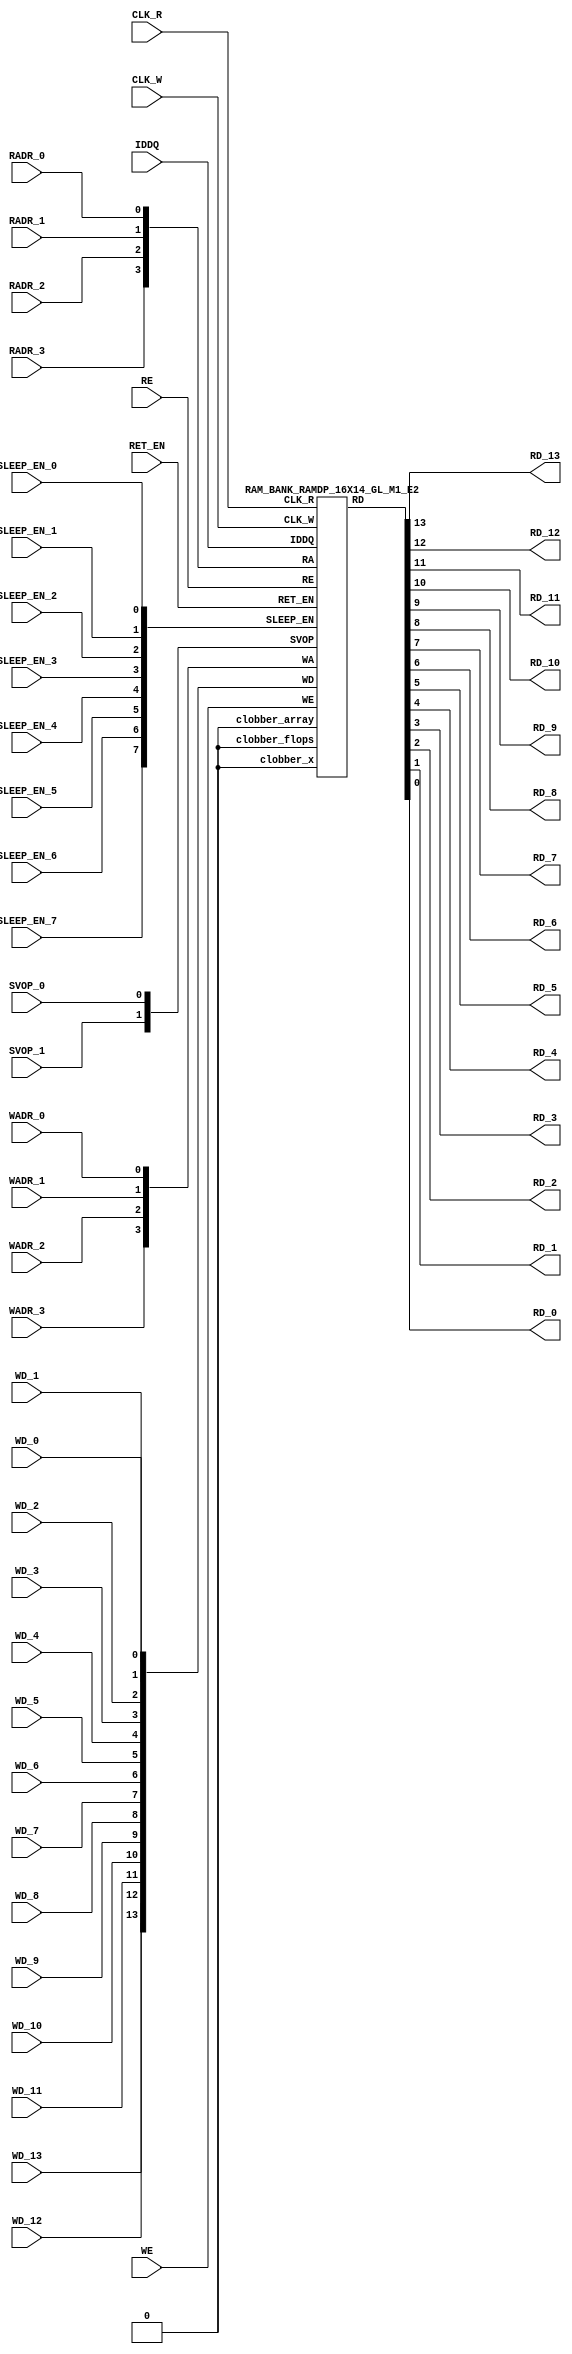
// This program was cloned from: https://github.com/TILOS-AI-Institute/MacroPlacement
// License: BSD 3-Clause "New" or "Revised" License

//RAM : RAMDP_16X14_GL_M1_E2
//Technology : TSMC16FFLR
//Compiler version: FINAL.1 - 2017-05-23.14:46:11
`timescale 10ps/1ps
`celldefine
module RAMDP_16X14_GL_M1_E2 (CLK_R, CLK_W, RE, WE
 , RADR_3, RADR_2, RADR_1, RADR_0
    , WADR_3, WADR_2, WADR_1, WADR_0
 , WD_13, WD_12, WD_11, WD_10, WD_9, WD_8, WD_7, WD_6, WD_5, WD_4, WD_3, WD_2, WD_1, WD_0
 , RD_13, RD_12, RD_11, RD_10, RD_9, RD_8, RD_7, RD_6, RD_5, RD_4, RD_3, RD_2, RD_1, RD_0
    , IDDQ
 , SVOP_1, SVOP_0
    , SLEEP_EN_7, SLEEP_EN_6, SLEEP_EN_5, SLEEP_EN_4, SLEEP_EN_3, SLEEP_EN_2, SLEEP_EN_1, SLEEP_EN_0, RET_EN
);
// nvProps NoBus SLEEP_EN_
`ifndef RAM_INTERFACE
`ifndef EMULATION
`ifndef SYNTHESIS
// Physical ram size defined as localparam
localparam phy_rows = 16;
localparam phy_cols = 14;
localparam phy_rcols_pos = 14'b0;
`endif //ndef SYNTHESIS
`endif //EMULATION
`endif //ndef RAM_INTERFACE
input CLK_R, CLK_W, RE, WE
 , RADR_3, RADR_2, RADR_1, RADR_0
    , WADR_3, WADR_2, WADR_1, WADR_0
 , WD_13, WD_12, WD_11, WD_10, WD_9, WD_8, WD_7, WD_6, WD_5, WD_4, WD_3, WD_2, WD_1, WD_0
    , SLEEP_EN_7, SLEEP_EN_6, SLEEP_EN_5, SLEEP_EN_4, SLEEP_EN_3, SLEEP_EN_2, SLEEP_EN_1, SLEEP_EN_0, RET_EN
    , IDDQ
 , SVOP_1, SVOP_0;
output RD_13, RD_12, RD_11, RD_10, RD_9, RD_8, RD_7, RD_6, RD_5, RD_4, RD_3, RD_2, RD_1, RD_0;
`ifndef RAM_INTERFACE
//assemble & rename wires
 wire [3:0] RA = {RADR_3, RADR_2, RADR_1, RADR_0};
 wire [3:0] WA = {WADR_3, WADR_2, WADR_1, WADR_0};
 wire [13:0] WD = {WD_13, WD_12, WD_11, WD_10, WD_9, WD_8, WD_7, WD_6, WD_5, WD_4, WD_3, WD_2, WD_1, WD_0};
 wire [13:0] RD;
 assign {RD_13, RD_12, RD_11, RD_10, RD_9, RD_8, RD_7, RD_6, RD_5, RD_4, RD_3, RD_2, RD_1, RD_0} = RD;
 wire [1:0] SVOP = {SVOP_1, SVOP_0};
    wire [7:0] SLEEP_EN = {SLEEP_EN_7, SLEEP_EN_6, SLEEP_EN_5, SLEEP_EN_4, SLEEP_EN_3, SLEEP_EN_2, SLEEP_EN_1, SLEEP_EN_0};
`ifndef EMULATION
`ifndef SYNTHESIS
//State point clobering signals:
    wire check_x = (SVOP_0 ^ SVOP_1);
    wire clobber_x;
    assign clobber_x = ((check_x === 1'bx) || (check_x === 1'bz)) ? 1'b1 : 1'b0;
    wire clobber_array = ((|SLEEP_EN) & ~RET_EN) | clobber_x;
    wire clobber_flops = (|SLEEP_EN) | clobber_x;
    integer i;
    always @(clobber_array) begin
      if (clobber_array) begin
      for (i=0; i<16; i=i+1) begin
          ITOP.io.array[i] <= 14'bx;
      end
      end
    end
//VCS coverage off
    always @(clobber_flops) begin
        if (clobber_flops) begin
        ITOP.we_lat <= 1'bx;
        ITOP.wa_lat <= 4'bx;
        ITOP.wd_lat <= 14'bx;
        ITOP.re_lat <= 1'bx;
        ITOP.ra_lat <= 4'bx;
        ITOP.io.r0_dout_tmp <= 14'b0;
        end
    end
//VCS coverage on
//VCS coverage off
`ifdef NV_RAM_ASSERT
//first reset signal for nv_assert_module:
    reg sim_reset;
    initial begin: init_sim_reset
        sim_reset = 0;
        #6 sim_reset = 1;
    end
    reg rst_clk;
    initial begin: init_rst_clk
        rst_clk = 0;
        #2 rst_clk = 1;
        #4 rst_clk = 0;
    end
//internal weclk|reclk gating signal:
    wire weclk_gating = ITOP.we_lat & ~IDDQ;
    wire reclk_gating = ITOP.re_lat & ~IDDQ;
//Assertion checks for power sequence of G-option RAMDP:
//weclk_gating after 2 clk
    reg weclk_gating_1p, weclk_gating_2p;
    always @(posedge CLK_W) begin
        weclk_gating_1p <= weclk_gating;
        weclk_gating_2p <= weclk_gating_1p;
    end
//reclk_gating after 2 clk
    reg reclk_gating_1p, reclk_gating_2p;
    always @(posedge CLK_R) begin
        reclk_gating_1p <= reclk_gating;
        reclk_gating_2p <= reclk_gating_1p;
    end
//RET_EN off after 2 CLK_W
    reg ret_en_w_1p, ret_en_w_2p;
    always @(posedge CLK_W or posedge RET_EN) begin
        if(RET_EN)
            begin
                ret_en_w_1p <= 1'b1;
                ret_en_w_2p <= 1'b1;
            end
        else
            begin
                ret_en_w_1p <= RET_EN;
                ret_en_w_2p <= ret_en_w_1p;
            end
    end
//RET_EN off after 2 CLK_R
    reg ret_en_r_1p, ret_en_r_2p;
    always @(posedge CLK_R or posedge RET_EN) begin
        if(RET_EN)
            begin
                ret_en_r_1p <= 1'b1;
                ret_en_r_2p <= 1'b1;
            end
        else
            begin
                ret_en_r_1p <= RET_EN;
                ret_en_r_2p <= ret_en_r_1p;
            end
    end
    wire sleep_en_or = (|SLEEP_EN) ;
//SLEEP_EN off after 2 CLK_W
    reg sleep_en_off_w_1p, sleep_en_off_w_2p;
    always @(posedge CLK_W or posedge sleep_en_or) begin
        if(sleep_en_or)
            begin
                sleep_en_off_w_1p <= 1'b1;
                sleep_en_off_w_2p <= 1'b1;
            end
        else
            begin
                sleep_en_off_w_1p <= sleep_en_or;
                sleep_en_off_w_2p <= sleep_en_off_w_1p;
            end
    end
//SLEEP_EN off after 2 CLK_R
    reg sleep_en_off_r_1p, sleep_en_off_r_2p;
    always @(posedge CLK_R or posedge sleep_en_or) begin
        if(sleep_en_or)
            begin
                sleep_en_off_r_1p <= 1'b1;
                sleep_en_off_r_2p <= 1'b1;
            end
        else
            begin
                sleep_en_off_r_1p <= |sleep_en_or;
                sleep_en_off_r_2p <= sleep_en_off_r_1p;
            end
    end
//#1 From function mode to retention mode:
//Power-S1.1:illegal assert RET_EN after asserting SLEEP_EN
    wire disable_power_assertion_S1P1 = $test$plusargs("disable_power_assertions_globally") | $test$plusargs("disable_power_assertion_assert_RET_EN_after_SLEEP_EN_on_when_function2retention");
    nv_assert_never #(0,0, "Power-S1.1:illegal assert RET_EN after asserting SLEEP_EN") inst_S1P1 (RET_EN ^ rst_clk, ~disable_power_assertion_S1P1 & sim_reset, (|SLEEP_EN));
//Power-S1.2:illegal assert RET_EN without 2 nop-CLK
    wire disable_power_assertion_S1P2 = $test$plusargs("disable_power_assertions_globally") | $test$plusargs("disable_power_assertion_assert_RET_EN_without_2_nop_CLK");
    nv_assert_never #(0,0, "Power-S1.2:illegal assert RET_EN without 2 nop-CLK") inst_S1P2 (RET_EN ^ rst_clk, ~disable_power_assertion_S1P2 & sim_reset, weclk_gating | weclk_gating_1p | weclk_gating_2p | reclk_gating | reclk_gating_1p | reclk_gating_2p);
//#2 From retention mode to function mode:
//Power-S2.1:illegal write without 2 nop-CLK after de-asserting RET_EN
    wire disable_power_assertion_S2P1 = $test$plusargs("disable_power_assertions_globally") | $test$plusargs("disable_power_assertion_write_without_2_nop_CLK_after_retention2function");
    nv_assert_never #(0,0, "Power-S2.1:illegal write without 2 nop-CLK after de-asserting RET_EN") inst_S2P1 (CLK_W ^ rst_clk, ~disable_power_assertion_S2P1 & sim_reset, ~RET_EN & ret_en_w_2p & weclk_gating);
//Power-S2.2:illegal read without 2 nop-CLK after de-asserting RET_EN
    wire disable_power_assertion_S2P2 = $test$plusargs("disable_power_assertions_globally") | $test$plusargs("disable_power_assertion_read_without_2_nop_CLK_after_retention2function");
    nv_assert_never #(0,0, "Power-S2.2:illegal read without 2 nop-CLK after de-asserting RET_EN") inst_S2P2 (CLK_R ^ rst_clk, ~disable_power_assertion_S2P2 & sim_reset, ~RET_EN & ret_en_r_2p & reclk_gating);
//#3 From function mode to sleep mode:
//Power-S3.2:illegal assert SLEEP_EN without 2 nop-CLK
    wire disable_power_assertion_S3P2 = $test$plusargs("disable_power_assertions_globally") | $test$plusargs("disable_power_assertion_assert_SLEEP_EN_without_2_nop_CLK");
    nv_assert_never #(0,0, "Power-S3.2:illegal assert SLEEP_EN without 2 nop-CLK") inst_S3P2 ((|SLEEP_EN) ^ rst_clk, ~disable_power_assertion_S3P2 & sim_reset, weclk_gating | weclk_gating_1p | weclk_gating_2p | reclk_gating | reclk_gating_1p | reclk_gating_2p);
//#4 From sleep mode to function mode:
//Power-S4.1:illegal write without 2 nop-CLK after switching from sleep mode to function mode
    wire disable_power_assertion_S4P1 = $test$plusargs("disable_power_assertions_globally") | $test$plusargs("disable_power_assertion_write_without_2_nop_CLK_after_sleep2function");
    nv_assert_never #(0,0, "Power-S4.1:illegal write without 2 nop-CLK after switching from sleep mode to function mode") inst_S4P1 (CLK_W ^ rst_clk, ~disable_power_assertion_S4P1 & sim_reset, ~(|SLEEP_EN) & sleep_en_off_w_2p & weclk_gating);
//Power-S4.2:illegal read without 2 nop-CLK after switching from sleep mode to function mode
    wire disable_power_assertion_S4P2 = $test$plusargs("disable_power_assertions_globally") | $test$plusargs("disable_power_assertion_read_without_2_nop_after_sleep2function");
    nv_assert_never #(0,0, "Power-S4.2:illegal read without 2 nop-CLK after switching from sleep mode to function mode") inst_S4P2 (CLK_R ^ rst_clk, ~disable_power_assertion_S4P2 & sim_reset, ~(|SLEEP_EN) & sleep_en_off_r_2p & reclk_gating);
`endif //NV_RAM_ASSERT
//VCS coverage on
`ifdef NV_RAM_EXPAND_ARRAY
  wire [14-1:0] Q_15 = ITOP.io.array[15];
  wire [14-1:0] Q_14 = ITOP.io.array[14];
  wire [14-1:0] Q_13 = ITOP.io.array[13];
  wire [14-1:0] Q_12 = ITOP.io.array[12];
  wire [14-1:0] Q_11 = ITOP.io.array[11];
  wire [14-1:0] Q_10 = ITOP.io.array[10];
  wire [14-1:0] Q_9 = ITOP.io.array[9];
  wire [14-1:0] Q_8 = ITOP.io.array[8];
  wire [14-1:0] Q_7 = ITOP.io.array[7];
  wire [14-1:0] Q_6 = ITOP.io.array[6];
  wire [14-1:0] Q_5 = ITOP.io.array[5];
  wire [14-1:0] Q_4 = ITOP.io.array[4];
  wire [14-1:0] Q_3 = ITOP.io.array[3];
  wire [14-1:0] Q_2 = ITOP.io.array[2];
  wire [14-1:0] Q_1 = ITOP.io.array[1];
  wire [14-1:0] Q_0 = ITOP.io.array[0];
`endif //def NV_RAM_EXPAND_ARRAY
//VCS coverage off
`ifdef MONITOR
task monitor_on;
    begin
        ITOP.io.monitor_on = 1'b1;
    end
endtask
task monitor_off;
    begin
        ITOP.io.monitor_on = 1'b0;
        ITOP.io.dump_monitor_result = 1'b1;
    end
endtask
`endif//def MONITOR
//VCS coverage on
//VCS coverage off
task mem_fill_value;
input fill_bit;
integer i;
begin
    for (i=0; i<16; i=i+1) begin
     ITOP.io.array[i] = {14{fill_bit}};
    end
end
endtask
task mem_fill_random;
integer i;
integer j;
reg [13:0] val;
begin
    for (j=0; j<16; j=j+1) begin
        for (i=0; i<14; i=i+1) begin
            val[i] = {$random};
        end
     ITOP.io.array[j] = val;
    end
end
endtask
task mem_write;
  input [3:0] addr;
  input [13:0] data;
  begin
     ITOP.io.mem_wr_raw(addr,data);
  end
endtask
function [13:0] mem_read;
  input [3:0] addr;
  begin
 mem_read = ITOP.io.mem_read_raw(addr);
  end
endfunction
task force_rd;
  input [3:0] addr;
  begin
 ITOP.io.r0_dout_tmp = ITOP.io.array[addr];
  end
endtask
`ifdef MEM_PHYS_INFO
task mem_phys_write;
  input [3:0] addr;
  input [13:0] data;
  begin
     ITOP.io.mem_wr_raw(addr,data);
  end
endtask
function [13:0] mem_phys_read_padr;
  input [3:0] addr;
  begin
 mem_phys_read_padr = ITOP.io.mem_read_raw(addr);
  end
endfunction
function [3:0] mem_log_to_phys_adr;
    input [3:0] addr;
    begin
    mem_log_to_phys_adr = addr;
    end
endfunction
function [13:0] mem_phys_read_pmasked;
  input [3:0] addr;
  begin
 mem_phys_read_pmasked = ITOP.io.mem_read_raw(addr);
  end
endfunction
function [13:0] mem_phys_read_ladr;
  input [3:0] addr;
  begin
 mem_phys_read_ladr = mem_phys_read_padr(mem_log_to_phys_adr(addr));
  end
endfunction
`endif //def MEM_PHYS_INFO
`ifdef FAULT_INJECTION
task mem_fault_no_write;
  input [13:0] fault_mask;
   begin
    ITOP.io.mem_fault_no_write(fault_mask);
  end
endtask
task mem_fault_stuck_0;
  input [13:0] fault_mask;
  integer i;
   begin
    ITOP.io.mem_fault_stuck_0(fault_mask);
   end
endtask
task mem_fault_stuck_1;
  input [13:0] fault_mask;
  integer i;
   begin
    ITOP.io.mem_fault_stuck_1(fault_mask);
  end
endtask
task set_bit_fault_stuck_0;
  input r;
  input c;
  integer r;
  integer c;
    ITOP.io.set_bit_fault_stuck_0(r,c);
endtask
task set_bit_fault_stuck_1;
  input r;
  input c;
  integer r;
  integer c;
    ITOP.io.set_bit_fault_stuck_1(r,c);
endtask
task clear_bit_fault_stuck_0;
  input r;
  input c;
  integer r;
  integer c;
    ITOP.io.clear_bit_fault_stuck_0(r,c);
endtask
task clear_bit_fault_stuck_1;
  input r;
  input c;
  integer r;
  integer c;
    ITOP.io.clear_bit_fault_stuck_1(r,c);
endtask
//VCS coverage on
`endif //def FAULT_INJECTION
`else //def SYNTHESIS
    wire clobber_x;
    assign clobber_x = 1'b0;
    wire clobber_array = 1'b0;
    wire clobber_flops = 1'b0;
`endif //ndef SYNTHESIS
//instantiate memory bank
 RAM_BANK_RAMDP_16X14_GL_M1_E2 ITOP (
  .RE(RE),
  .WE(WE),
  .RA(RA),
  .WA(WA),
  .CLK_R(CLK_R),
  .CLK_W(CLK_W),
  .IDDQ(IDDQ),
  .SVOP(SVOP),
  .WD(WD),
  .RD(RD),
  .SLEEP_EN(SLEEP_EN),
        .RET_EN(RET_EN),
        .clobber_flops(clobber_flops),
        .clobber_array(clobber_array),
        .clobber_x(clobber_x)
 );
//VCS coverage off
`else //def EMULATION
// Simple emulation model without MBIST, SCAN or REDUNDANCY
//common part for write
     reg we_ff;
        reg [3:0] wa_ff;
        reg [13:0] wd_ff;
     always @(posedge CLK_W) begin // spyglass disable W391
                we_ff <= WE;
                wa_ff <= WA;
                wd_ff <= WD;
     end
//common part for read
     reg re_lat;
        always @(*) begin
      if (!CLK_R) begin
                re_lat <= RE; // spyglass disable W18
      end
     end
     wire reclk = CLK_R & re_lat;
     reg [3:0] ra_ff;
     always @(posedge CLK_R) begin // spyglass disable W391
       ra_ff <= RA;
     end
        reg [13:0] dout;
        assign RD = dout;
//memory array
     reg [13:0] array[0:15];
     always @(negedge CLK_W ) begin
            if (we_ff) begin
       array[wa_ff] <= wd_ff; // spyglass disable SYNTH_5130
            end
     end
     always @(*) begin
      if (reclk) begin
       dout <= array[ra_ff]; // spyglass disable SYNTH_5130, W18
      end
     end
// End of the simple emulation model
`endif //def EMULATION
//VCS coverage on
`endif //ndef RAM_INTERFACE
endmodule
`endcelldefine
/////////////////////////////////////////////////////////////////////////////////////////////////////////////////////////////////
/////////////////////////////// memory bank block : defines internal logic of the RAMDP /////////////////////////////////////////
/////////////////////////////////////////////////////////////////////////////////////////////////////////////////////////////////
`ifndef RAM_INTERFACE
`ifndef EMULATION
module RAM_BANK_RAMDP_16X14_GL_M1_E2 (RE, WE, RA, WA, CLK_R, CLK_W, IDDQ, SVOP, WD, RD, SLEEP_EN, RET_EN, clobber_flops, clobber_array, clobber_x
);
input RET_EN;
input RE, WE, CLK_R, CLK_W, IDDQ;
input [3:0] RA, WA;
input [13:0] WD;
input [1:0] SVOP;
input [7:0] SLEEP_EN;
input clobber_flops, clobber_array, clobber_x;
output [13:0] RD;
//State point clobering signals:
    wire output_valid = ~(clobber_x | (|SLEEP_EN));
    wire clamp_o = SLEEP_EN[7] | RET_EN;
//common part for write
    wire clk_w_iddq = CLK_W & ~IDDQ & ~clamp_o;
 reg we_lat;
 always @(*) begin
  if (!clk_w_iddq & !clobber_flops) begin
   we_lat <= WE; // spyglass disable W18, IntClock
  end
 end
// weclk with posedge 1 dly | negedge 2 dly
    wire weclk, weclk_d0, weclk_d1, weclk_d2;
    assign weclk_d0 = clk_w_iddq & we_lat & ~clobber_flops & ~clobber_array;
    assign #1 weclk_d1 = weclk_d0;
    assign #1 weclk_d2 = weclk_d1;
    assign weclk = weclk_d1 | weclk_d2; // spyglass disable GatedClock
// wadclk with posedge 0 dly | negedge 3 dly
    wire wadclk, wadclk_d0, wadclk_d1, wadclk_d2, wadclk_d3;
    assign wadclk_d0 = clk_w_iddq & we_lat;
    assign #1 wadclk_d1 = wadclk_d0;
    assign #1 wadclk_d2 = wadclk_d1;
    assign #1 wadclk_d3 = wadclk_d2;
    assign wadclk = wadclk_d0 | wadclk_d1 | wadclk_d2 | wadclk_d3;
// wdclk with posedge 0 dly | negedge 3 dly
    wire wdclk, wdclk_d0, wdclk_d1, wdclk_d2, wdclk_d3;
    assign wdclk_d0 = clk_w_iddq & we_lat;
    assign #1 wdclk_d1 = wdclk_d0;
    assign #1 wdclk_d2 = wdclk_d1;
    assign #1 wdclk_d3 = wdclk_d2;
    assign wdclk = wdclk_d0 | wdclk_d1 | wdclk_d2 | wdclk_d3;
    reg [3:0] wa_lat;
 always @(*) begin
  if (!wadclk & !clobber_flops) begin
   wa_lat <= WA; // spyglass disable W18, IntClock
  end
 end
 reg [13:0] wd_lat;
 always @(*) begin
  if (!wdclk & !clobber_flops) begin
   wd_lat <= WD; // spyglass disable W18, IntClock
  end
 end
//common part for read
 reg re_lat;
 always @(*) begin
  if (!CLK_R & !clobber_flops) begin
   re_lat <= RE; // spyglass disable W18, IntClock
  end
 end
// reclk with posedge 1 dly | negedge 0 dly
    wire reclk, reclk_d0, reclk_d1;
    assign reclk_d0 = CLK_R & ~IDDQ & re_lat & ~clamp_o;
    assign #1 reclk_d1 = reclk_d0;
    assign reclk = reclk_d0 & reclk_d1; // spyglass disable GatedClock
// radclk with posedge 0 dly | negedge 1 dly
    wire radclk, radclk_d0, radclk_d1;
    assign radclk_d0 = CLK_R & ~IDDQ & re_lat & ~clamp_o;
    assign #1 radclk_d1 = radclk_d0;
    assign radclk = radclk_d0 | radclk_d1;
 reg [3:0] ra_lat;
 always @(*) begin
  if (!radclk & !clobber_flops) begin
   ra_lat <= RA; // spyglass disable W18, IntClock
  end
 end
 wire [13:0] dout;
 assign RD = clamp_o ? 14'b0 : (output_valid ? dout : 14'bx); //spyglass disable STARC-2.10.1.6
//for E-option RAM
 vram_RAMDP_16X14_GL_M1_E2 # (16, 14, 4) io (
  .w0_addr(wa_lat),
  .w0_clk(weclk),
  .w0_bwe({14{1'b1}}),
  .w0_din(wd_lat),
  .r0_addr(ra_lat),
  .r0_clk(reclk),
  .r0_dout(dout),
        .clamp_o(clamp_o)
 );
endmodule
`endif //ndef EMULATION
`endif //ndef RAM_INTERFACE
/////////////////////////////////////////////////////////////////////////////////////////////////////////////////////////////////
///////////////////////////////  ram primitive : defines 2D behavioral memory array of the RAMDP ////////////////////////////////
/////////////////////////////////////////////////////////////////////////////////////////////////////////////////////////////////
`ifndef RAM_INTERFACE
`ifndef EMULATION
module vram_RAMDP_16X14_GL_M1_E2 (
 w0_addr,
 w0_clk,
 w0_bwe,
 w0_din,
 r0_addr,
 r0_clk,
 r0_dout,
    clamp_o
);
parameter words = 16;
parameter bits = 14;
parameter addrs = 4;
input [addrs-1:0] w0_addr;
input w0_clk;
input [bits-1:0] w0_din;
input [bits-1:0] w0_bwe;
input [addrs-1:0] r0_addr;
input r0_clk;
input clamp_o;
output [bits-1:0] r0_dout;
integer a;
`ifndef SYNTHESIS
`ifdef FAULT_INJECTION
// regs for inducing faults
 reg [bits-1:0] fault_no_write; // block writes to this column
 reg [bits-1:0] fault_stuck_0; // column always reads as 0
 reg [bits-1:0] fault_stuck_1; // column always reads as 1
 reg [bits-1:0] bit_fault_stuck_0[0:words-1]; // column always reads as 0
 reg [bits-1:0] bit_fault_stuck_1[0:words-1]; // column always reads as 1
 initial begin : init_bit_fault_stuck
   integer i;
   integer j;
   fault_no_write = {bits{1'b0}};
   fault_stuck_0 = {bits{1'b0}};
   fault_stuck_1 = {bits{1'b0}};
   for (i=0; i<=words; i=i+1) begin
       bit_fault_stuck_0[i] = {bits{1'b0}};
       bit_fault_stuck_1[i] = {bits{1'b0}};
   end
 end
`endif //def FAULT_INJECTION
`ifdef MONITOR
//VCS coverage off
// monitor variables
reg monitor_on;
reg dump_monitor_result;
// this monitors coverage including redundancy cols
// 1'bx = not accessed
// 1'b0 = accessed as a 0
// 1'b1 = accessed as a 1
// 1'bz = accessed as both 0 and 1
reg [bits-1:0] bit_written[0:words-1];
reg [bits-1:0] bit_read[0:words-1];
initial begin : init_monitor
  monitor_on = 1'b0;
  dump_monitor_result = 1'b0;
  for(a=0;a<words;a=a+1) begin
      bit_written[a] = {bits{1'bx}};
      bit_read[a] = {bits{1'bx}};
  end
end
always @(dump_monitor_result) begin : dump_monitor
    integer r;
 integer c;
    integer b;
 reg [14-1:0] tmp_row;
     if (dump_monitor_result == 1'b1) begin
      $display("Exercised coverage summary:");
      $display("\t%m bits not written as 0:");
      for (r=0; r<16; r=r+1) begin
          tmp_row = bit_written[r];
       for (c=0; c<14; c=c+1) begin
        if (tmp_row[c] !== 1'b0 && tmp_row[c] !== 1'bz) $display("\t\t[row,col] [%d,%d]", r, c);
       end
      end
            $display("\t%m bits not written as 1:");
      for (r=0; r<16; r=r+1) begin
          tmp_row = bit_written[r];
       for (c=0; c<14; c=c+1) begin
        if (tmp_row[c] !== 1'b1 && tmp_row[c] !== 1'bz) $display("\t\t[row,col] [%d,%d]", r, c);
       end
      end
      $display("\t%m bits not read as 0:");
      for (r=0; r<16; r=r+1) begin
          tmp_row = bit_read[r];
       for (c=0; c<14; c=c+1) begin
        if (tmp_row[c] !== 1'b0 && tmp_row[c] !== 1'bz) $display("\t\t[row,col] [%d,%d]", r, c);
       end
      end
      $display("\t%m bits not read as 1:");
      for (r=0; r<16; r=r+1) begin
          tmp_row = bit_read[r];
       for (c=0; c<14; c=c+1) begin
        if (tmp_row[c] !== 1'b1 && tmp_row[c] !== 1'bz) $display("\t\t[row,col] [%d,%d]", r, c);
       end
      end
        end
 dump_monitor_result = 1'b0;
end
//VCS coverage on
`endif //MONITOR
`endif //ndef SYNTHESIS
//memory array
 reg [bits-1:0] array[0:words-1];
// Bit write enable
`ifndef SYNTHESIS
    `ifdef FAULT_INJECTION
        wire [bits-1:0] bwe_with_fault = w0_bwe & ~fault_no_write;
        wire [bits-1:0] re_with_fault = ~(bit_fault_stuck_1[r0_addr] | bit_fault_stuck_0[r0_addr]);
    `else
        wire [bits-1:0] bwe_with_fault = w0_bwe;
        wire [bits-1:0] re_with_fault = {bits{1'b1}};
    `endif //def FAULT_INJECTION
`else
    wire [bits-1:0] bwe_with_fault = w0_bwe;
`endif //SYNTHESIS
//write function
    wire [bits-1:0] bitclk = {bits{w0_clk}} & bwe_with_fault;
    genvar idx;
    generate
        for (idx=0; idx<bits; idx=idx+1)
        begin : write
            always @(bitclk[idx] or w0_clk or w0_addr or w0_din[idx])
            begin
                if (bitclk[idx] && w0_clk)
                begin
                    array[w0_addr][idx] <= w0_din[idx]; // spyglass disable SYNTH_5130, W18
                    `ifndef SYNTHESIS
                    `ifdef MONITOR
//VCS coverage off
                    if (monitor_on) begin
         case (bit_written[w0_addr][idx])
             1'bx: bit_written[w0_addr][idx] = w0_din[idx];
             1'b0: bit_written[w0_addr][idx] = w0_din[idx] == 1 ? 1'bz : 1'b0;
             1'b1: bit_written[w0_addr][idx] = w0_din[idx] == 0 ? 1'bz : 1'b1;
             1'bz: bit_written[w0_addr][idx] = 1'bz;
         endcase
                    end
//VCS coverage on
                    `endif //MONITOR	    
                    `endif //SYNTHESIS	
                end
            end
        end
    endgenerate
//read function
 wire [bits-1:0] r0_arr;
`ifndef SYNTHESIS
    `ifdef FAULT_INJECTION
     assign r0_arr = (array[r0_addr] | bit_fault_stuck_1[r0_addr]) & ~bit_fault_stuck_0[r0_addr]; //read fault injection
    `else
     assign r0_arr = array[r0_addr];
    `endif //def FAULT_INJECTION
`else
    assign r0_arr = array[r0_addr]; // spyglass disable SYNTH_5130
`endif //def SYNTHESIS
    wire r0_clk_d0p1, r0_clk_read, r0_clk_reset_collision;
    assign #0.1 r0_clk_d0p1 = r0_clk;
    assign r0_clk_read = r0_clk_d0p1 & r0_clk; // spyglass disable GatedClock
    assign r0_clk_reset_collision = r0_clk | r0_clk_d0p1; // spyglass disable W402b
`ifndef SYNTHESIS
`ifdef MONITOR
//VCS coverage off
    always @(r0_clk_read) begin
        if (monitor_on) begin
            for (a=0; a<bits; a=a+1) begin
             if (re_with_fault[a] && r0_clk_read) begin
                 case (bit_read[r0_addr][a])
               1'bx: bit_read[r0_addr][a] = array[r0_addr][a];
            1'b0: bit_read[r0_addr][a] = array[r0_addr][a] == 1 ? 1'bz : 1'b0;
            1'b1: bit_read[r0_addr][a] = array[r0_addr][a] == 0 ? 1'bz : 1'b1;
            1'bz: bit_read[r0_addr][a] = 1'bz;
              endcase
             end
         end
        end
    end
//VCS coverage on
`endif //MONITOR
`endif //SYNTHESIS
 reg [bits-1:0] collision_ff;
    wire [bits-1:0] collision_ff_clk = {bits{w0_clk}} & {bits{r0_clk_read}} & {bits{r0_addr==w0_addr}} & bwe_with_fault; //spyglass disable GatedClock
    genvar bw;
    generate
        for (bw=0; bw<bits; bw=bw+1)
        begin : collision
         always @(posedge collision_ff_clk[bw] or negedge r0_clk_reset_collision) begin
                if (!r0_clk_reset_collision)
                    begin
                        collision_ff[bw] <= 1'b0;
                    end
                else
                    begin
                        collision_ff[bw] <= 1'b1;
                    end
            end
        end
    endgenerate
 reg [bits-1:0] r0_dout_tmp;
 always @(*)
 begin
     if (r0_clk_read) begin
            for (a=0; a<bits; a=a+1) begin
                r0_dout_tmp[a] <= ( collision_ff[a] | (r0_addr==w0_addr & w0_clk & bwe_with_fault[a]) ) ? 1'bx : r0_arr[a] & ~clamp_o; //spyglass disable STARC-2.10.1.6, W18
            end
        end
    end
    wire [bits-1:0] r0_dout = r0_dout_tmp & {bits{~clamp_o}};
`ifndef SYNTHESIS
//VCS coverage off
task mem_wr_raw;
  input [addrs-1:0] addr;
  input [bits-1:0] data;
  begin
    array[addr] = data;
  end
endtask
function [bits-1:0] mem_read_raw;
input [addrs-1:0] addr;
 mem_read_raw = array[addr];
endfunction
`ifdef FAULT_INJECTION
// induce faults on columns
task mem_fault_no_write;
  input [bits-1:0] fault_mask;
   begin
    fault_no_write = fault_mask;
  end
endtask
task mem_fault_stuck_0;
  input [bits-1:0] fault_mask;
  integer i;
   begin
    for ( i=0; i<words; i=i+1 ) begin
      bit_fault_stuck_0[i] = fault_mask;
    end
  end
endtask
task mem_fault_stuck_1;
  input [bits-1:0] fault_mask;
  integer i;
   begin
    for ( i=0; i<words; i=i+1 ) begin
      bit_fault_stuck_1[i] = fault_mask;
    end
  end
endtask
task set_bit_fault_stuck_0;
  input r;
  input c;
  integer r;
  integer c;
  bit_fault_stuck_0[r][c] = 1;
endtask
task set_bit_fault_stuck_1;
  input r;
  input c;
  integer r;
  integer c;
  bit_fault_stuck_1[r][c] = 1;
endtask
task clear_bit_fault_stuck_0;
  input r;
  input c;
  integer r;
  integer c;
  bit_fault_stuck_0[r][c] = 0;
endtask
task clear_bit_fault_stuck_1;
  input r;
  input c;
  integer r;
  integer c;
  bit_fault_stuck_1[r][c] = 0;
endtask
//VCS coverage on
`endif //def FAULT_INJECTION
`endif //ndef SYNTHESIS
endmodule
`endif //ndef EMULATION
`endif //ndef RAM_INTERFACE